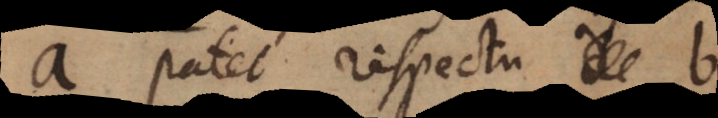
a patet respectu b,